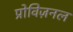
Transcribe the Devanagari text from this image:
प्रोविज़नल